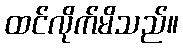
ထင်လိုက်မိသည်။